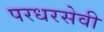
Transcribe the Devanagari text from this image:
परधरसेवी